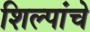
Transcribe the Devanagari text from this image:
शिल्पांचे